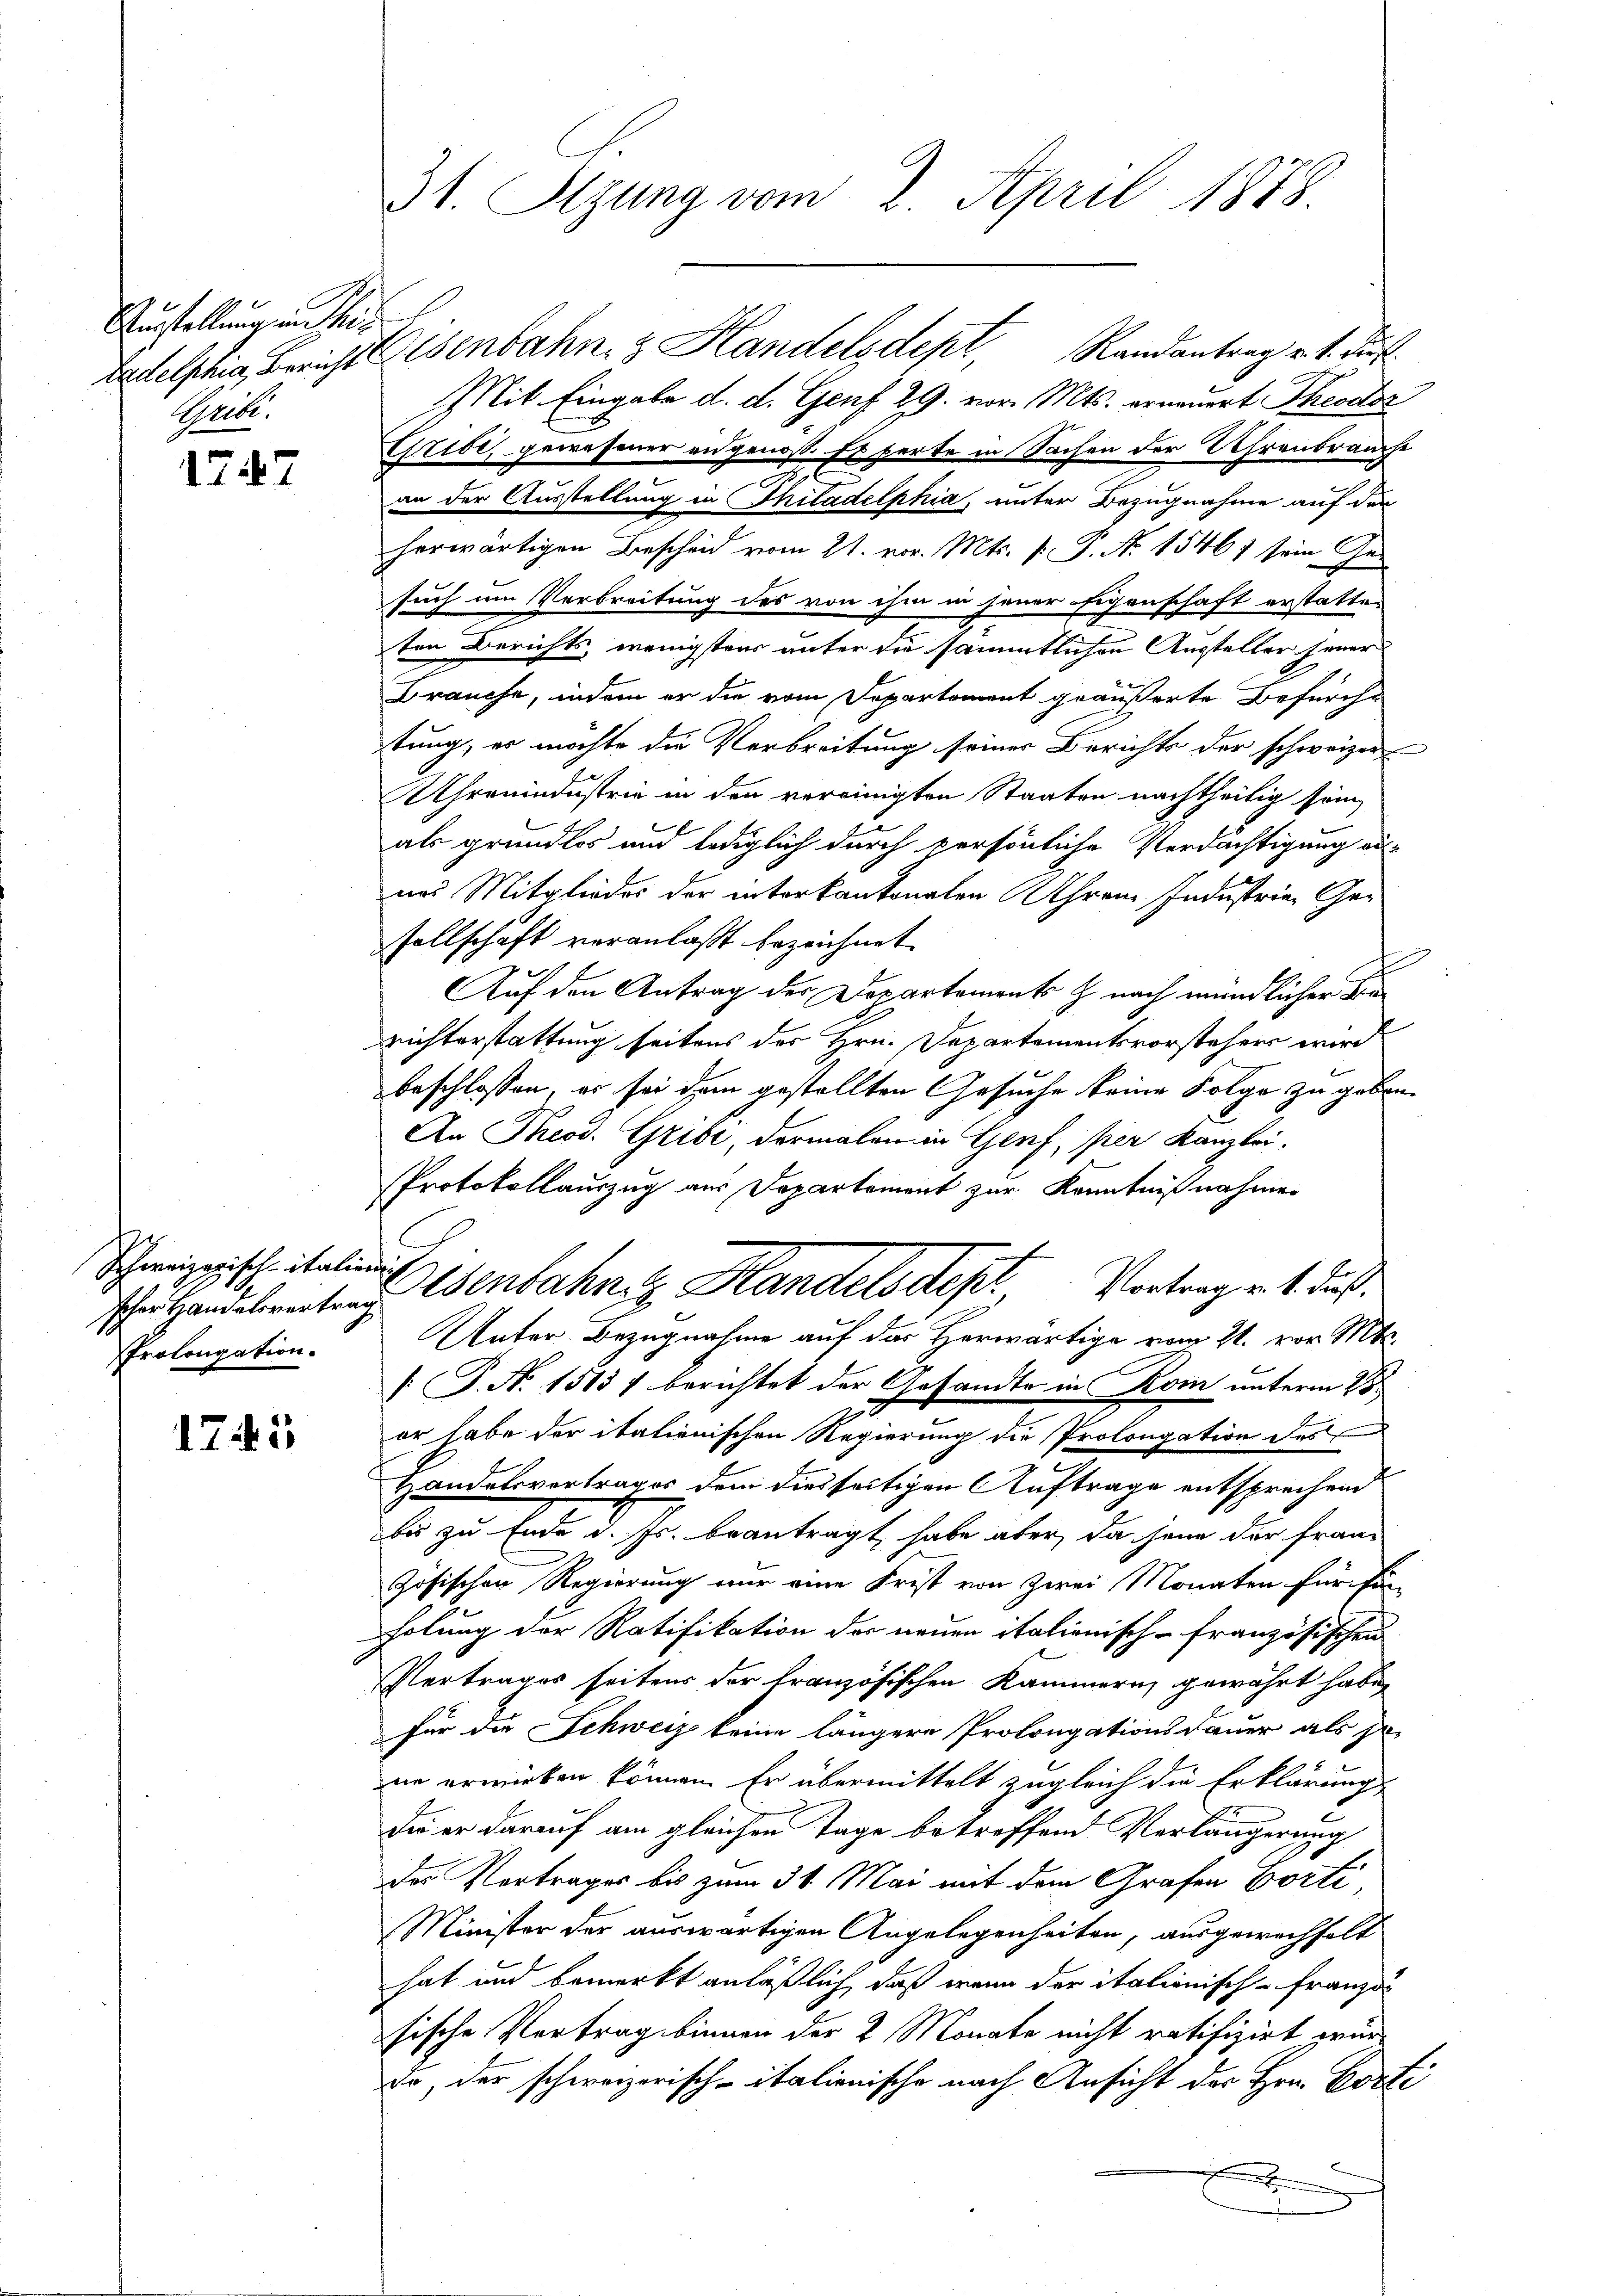
Austellung in hie
Aperte.

1747

Ichweizerisch italien
Prolongation.

1745

31. Sitzung vom 2. April 1878.

Tadelphia, Bericht Elsenbahn & Handelsdept, Randantrag v. 1. Daf
Mit Eingabe d. d. Genf 29. vor. Mts. erneuert Theodo
Gribi, gewesener angenoß. Es ferte in Sachen der Uhrenbrauche
an der Ausstellung in Thiladelphia, unter Bezugnahme auf den
herwärtigen Bescheid vom 21. vor. Mts. f. P. Nr. 15467 sein Gesuch um Verbreitung des von ihm in jener Eigenschaft erstatte-
ten Berichts, wenigstens unter die sämmtlichen Aussteller jener
Brauche, indem er die vom Departement geäußerte Befürche
tung, es möchte die Verbreitung seiner Berichts der schweizer
Uhronindustrie in den vereinigten Staaten nachtheilig sein,
als grundlos und lediglich durch persönliche Verdächtigung aus-
nas Mitgliedes der interkantonalen Uhren Industrie Gesellschaft veranlaßt bezeichnet.
Auf den Antrag der Departements z. nach mündlicher de
richterstattung seitens des Hrn. Departementsvorstehers wird
beschlossen, er sei dem gestellten Gesuche keine Folge zu geben.
An Theod. Gribi, dermalen in Genf, per Kanzlei-
Protokollauszug aus Departement zur Kenntnißnahmen
Handelerart u. Wenbahniz Handelsdept. Vortrag v. 1. daß
Unter Bezugnahme auf das Herwärtige vom 21. vor. Mts.
 J. N. 1513/ berichtet der Gesandte in Kom unterm 28.
er habe der italienischen Regierung die Prolongation des
Handelsvertrages dem diesseitigen Auftrage entsprechend
bis zu Ende d. Js. beantragt habe aber, da sein der französischen Regierung nur eine Frist von Zwei Monaten für Ein-
holung der Ratifikation der neuen italienisch-französischen
Vertrages seitens der französischen Kammern gewährt habe,
für die Schweiz keine längere Prolongationsdauer als so-
ne erwirken können. Er übermittelt zugleich die Erklärung
Die er darauf am gleichen Tage betreffend Verlängerung
des Vertrages bis zum 31. Mai mit dem Grafen Porti
Minister der auswärtigen Angelegenheiten, ausgewechselt
hat und bemerkt anläßlich, daß wenn der italienisch-Franz d
sische Vertrag binnen der 2 Monate nicht ratifizirt würde, der schweizerisch-italienische nach Ansicht des Hrn. Porti
e